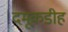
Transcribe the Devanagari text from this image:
दमूकडीह